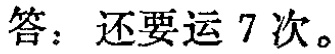
答：还要运 7 次。